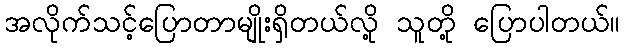
အလိုက်သင့်ပြောတာမျိုးရှိတယ်လို့ သူတို့ ပြောပါတယ်။